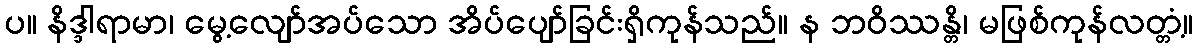
ပ။ နိဒ္ဒါရာမာ၊ မွေ့လျော်အပ်သော အိပ်ပျော်ခြင်းရှိကုန်သည်။ န ဘဝိဿန္တိ၊ မဖြစ်ကုန်လတ္တံ့။